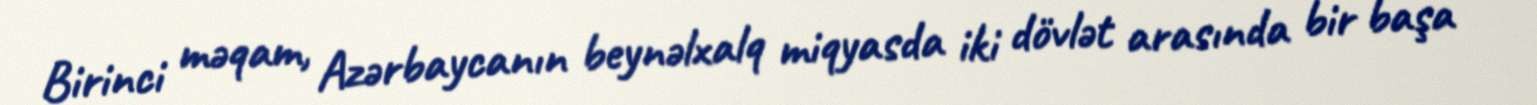
Birinci məqam, Azərbaycanın beynəlxalq miqyasda iki dövlət arasında bir başa